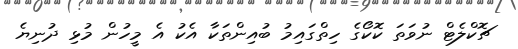
ޗޮކްލެޓް ނުވަތަ ކޮކޯގެ ހިތްގައިމު ބުއިންތަކާ އެކު އެ މީހުން މުޅި ދުނިޔެ